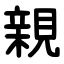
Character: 親